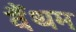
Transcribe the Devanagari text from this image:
वैंथम